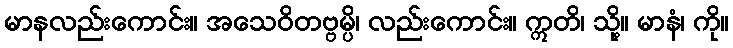
မာနလည်းကောင်း။ အသေဝိတဗ္ဗမ္ပိ၊ လည်းကောင်း။ ဣတိ၊ သို့။ မာနံ၊ ကို။